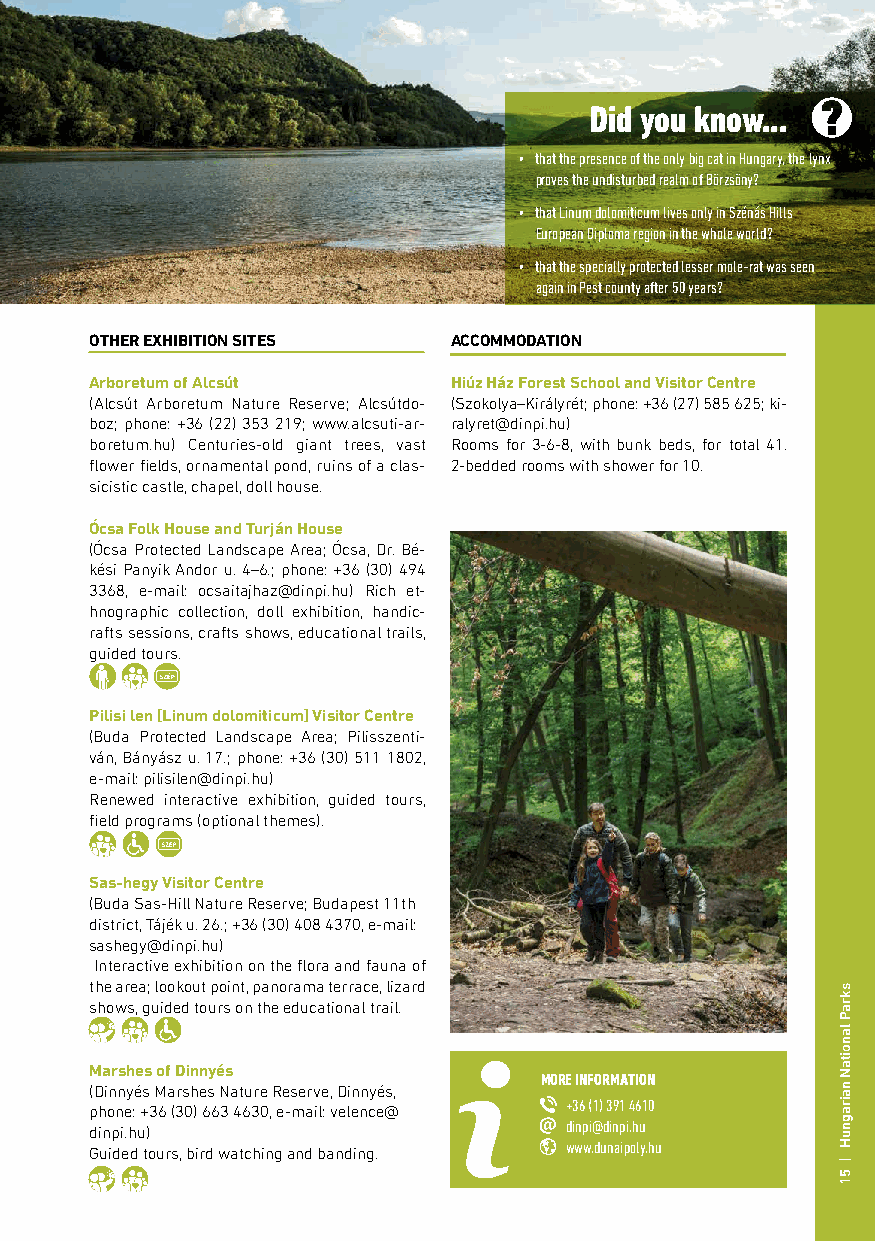
Did you know...
 • that the presence of the only big cat in Hungary, the lynx
 proves the undisturbed realm of Börzsöny?
 • that Linum dolomiticum lives only in Szénás Hills
 European Diploma region in the whole world?
 • that the specially protected lesser mole-rat was seen
 again in Pest county after 50 years?
 OTHER EXHIBITION SITES  ACCOMMODATION
 Arboretum of Alcsút     Hiúz Ház Forest School and Visitor Centre
 (Alcsút Arboretum Nature Reserve; Alcsútdo- (Szokolya–Királyrét; phone: +36 (27) 585 625; ki-
 boz; phone: +36 (22) 353 219; www.alcsuti-ar- ralyret@dinpi.hu)
 boretum.hu) Centuries-old giant trees, vast Rooms for 3-6-8, with bunk beds, for total 41.
 flower fields, ornamental pond, ruins of a clas- 2-bedded rooms with shower for 10.
 sicistic castle, chapel, doll house.
 Ócsa Folk House and Turján House
 (Ócsa Protected Landscape Area; Ócsa, Dr. Bé-
 kési Panyik Andor u. 4–6.; phone: +36 (30) 494
 3368, e-mail: ocsaitajhaz@dinpi.hu) Rich et-
 hnographic collection, doll exhibition, handic-
 rafts sessions, crafts shows, educational trails,
 guided tours.
 Pilisi len [Linum dolomiticum] Visitor Centre
 (Buda Protected Landscape Area; Pilisszenti-
 ván, Bányász u. 17.; phone: +36 (30) 511 1802,
 e-mail: pilisilen@dinpi.hu)
 Renewed interactive exhibition, guided tours,
 field programs (optional themes).
 Sas-hegy Visitor Centre
 (Buda Sas-Hill Nature Reserve; Budapest 11th
 district, Tájék u. 26.; +36 (30) 408 4370, e-mail:
 sashegy@dinpi.hu)
 Interactive exhibition on the flora and fauna of
 the area; lookout point, panorama terrace, lizard
 shows, guided tours on the educational trail.
 Marshes of Dinnyés
 MORE INFORMATION
 (Dinnyés Marshes Nature Reserve, Dinnyés,
 +36 (1) 391 4610
 phone: +36 (30) 663 4630, e-mail: velence@
 dinpi@dinpi.hu
 dinpi.hu)
 www.dunaipoly.hu
 Guided tours, bird watching and banding.
 skraP
 lanoitaN
 nairagnuH
 |
 51